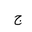
Letter: _gim